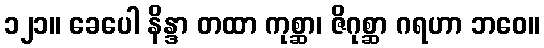
၁၂၁။ ခေပေါ နိန္ဒာ တထာ ကုစ္ဆာ၊ ဇိဂုစ္ဆာ ဂရဟာ ဘဝေ။